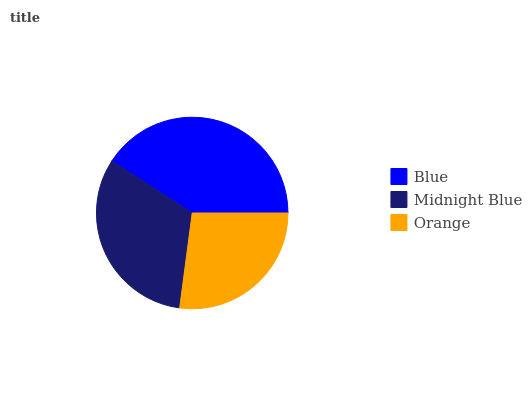
| Blue | Midnight Blue | Orange |
 | --- | --- | --- |
 | 40.9% | 32% | 27.1% |